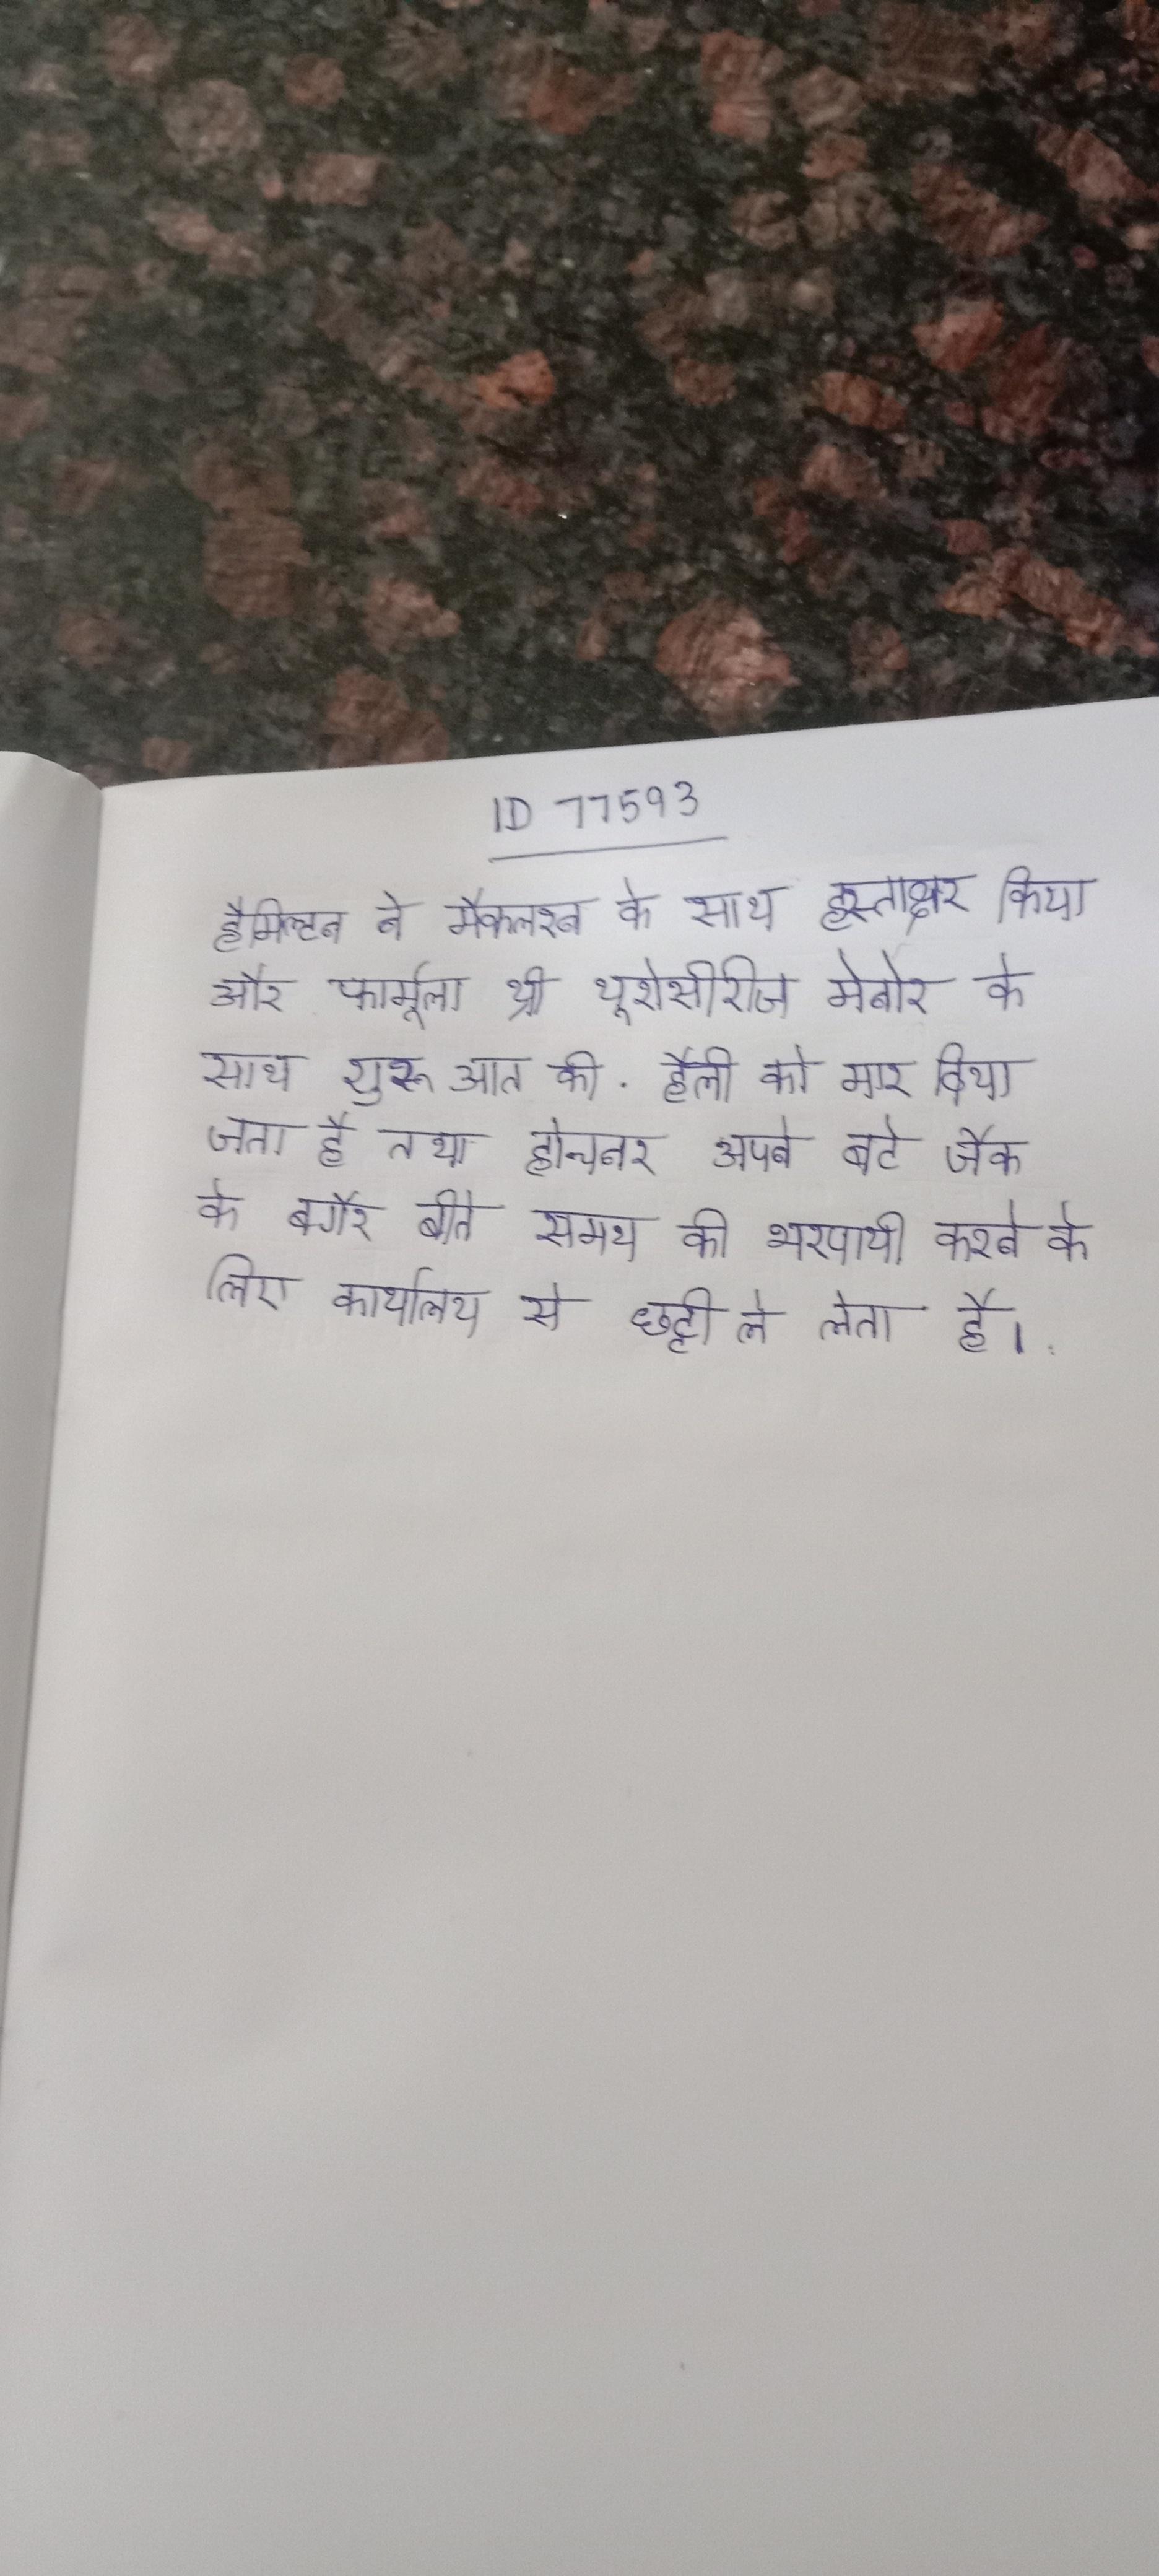
हैमिल्टन ने मैकलेरन के साथ हस्ताक्षर किया और फॉर्मूला थ्री यूरोसीरीज मेनोर के साथ शुरूआत की . हैली को मार दिया जाता है तथा होचनर अपने बेटे जैक के बगैर बीते समय की भरपायी करने के लिए कार्यालय से छुट्टी ले लेता है ।